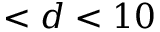
< d < 1 0